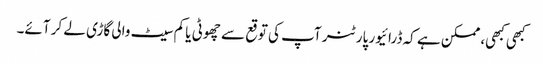
کبھی کبھی، ممکن ہے کہ ڈرائیور پارٹنر آپ کی توقع سے چھوٹی یا کم سیٹ والی گاڑی لے کر آئے۔